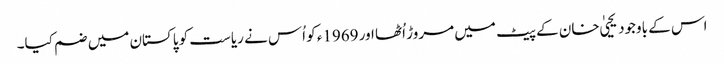
اس کے باوجود یحییٰ خان کے پیٹ میں مروڑ اُٹھا اور 1969ء کو اُس نے ریاست کو پاکستان میں ضم کیا۔